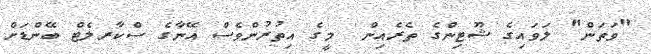
"ވަތަން" ލަވައިގެ ޝޫޓިންގެ ތެރެއިން  މީގެ އިތުރުންވެސް އޭނާގެ ސްކާރލެޓް ބޭންޑަށް